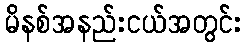
မိနစ်အနည်းငယ်အတွင်း